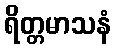
ရိတ္တမာသနံ